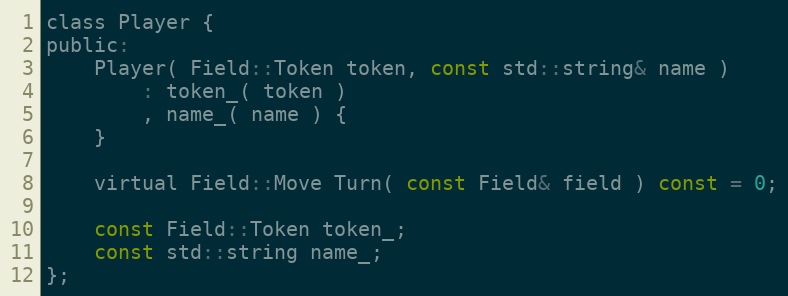
Language: C
class Player {
public:
	Player( Field::Token token, const std::string& name )
		: token_( token )
		, name_( name ) {
	}

	virtual Field::Move Turn( const Field& field ) const = 0;

	const Field::Token token_;
	const std::string name_;
};